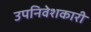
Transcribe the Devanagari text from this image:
उपनिवेशकारी